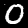
Label: 0